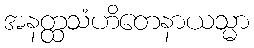
အနတ္ထသံဟိတေနာယသ္မာ